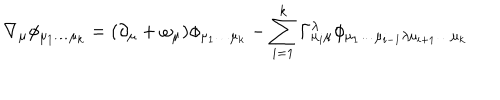
\nabla _ { \mu } \phi _ { \mu _ { 1 } \dots \mu _ { k } } = ( \partial _ { \mu } + \omega _ { \mu } ) \phi _ { \mu _ { 1 } \dots \mu _ { k } } - \sum _ { i = 1 } ^ { k } \Gamma _ { \mu _ { i } \mu } ^ { \lambda } \phi _ { \mu _ { 1 } \dots \mu _ { i - 1 } \lambda \mu _ { i + 1 } \dots \mu _ { k } }